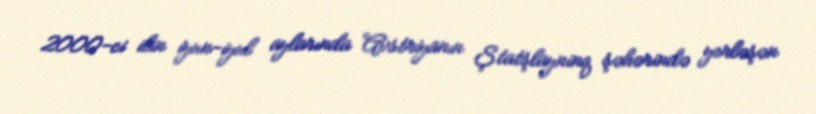
2000-ci ilin iyun-iyul aylarında Avstriyanın Ştatşlayninq şəhərində yerləşən